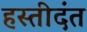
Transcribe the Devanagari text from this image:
हस्तीदंत